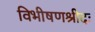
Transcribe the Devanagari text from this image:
विभीषणश्रीदः